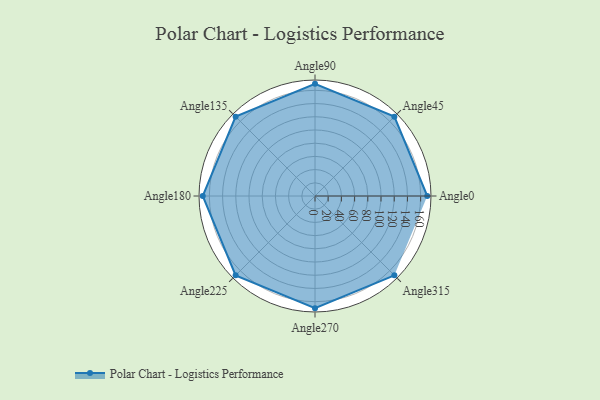
{"axis": {"x": "Angle", "y": "Radius"}, "legend": [""], "data": [{"x": "Angle0", "y": 170, "type": ""}, {"x": "Angle45", "y": 170, "type": ""}, {"x": "Angle90", "y": 170, "type": ""}, {"x": "Angle135", "y": 170, "type": ""}, {"x": "Angle180", "y": 170, "type": ""}, {"x": "Angle225", "y": 170, "type": ""}, {"x": "Angle270", "y": 170, "type": ""}, {"x": "Angle315", "y": 170, "type": ""}]}